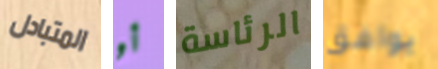
المتبادل أو الرئاسة يوافق